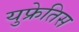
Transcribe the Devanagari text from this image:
युफ्रेतिस